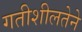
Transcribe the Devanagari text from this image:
गतीशीलतेने